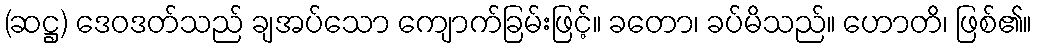
(ဆဋ္ဌ) ဒေဝဒတ်သည် ချအပ်သော ကျောက်ခြမ်းဖြင့်။ ခတော၊ ခပ်မိသည်။ ဟောတိ၊ ဖြစ်၏။